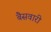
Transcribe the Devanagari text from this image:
बैसवारी